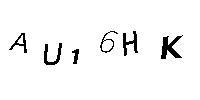
AU16HK